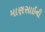
માણસાઈની